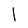
Character: l